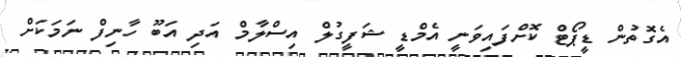
އެގޮތުން ޑީޕޯޓް ކޮށްފައިވަނީ އެމްޑީ ޝަފީގުލް އިސްލާމް އަދި އަބޫ ހާނިފް ނަމަކަށް